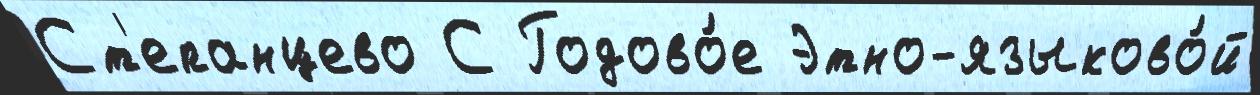
Ст'епанцево С Годово́е Этно-языково́й